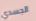
الجسدي